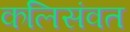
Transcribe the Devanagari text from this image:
कलिसंवत